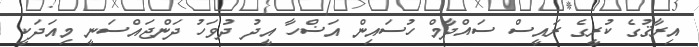
އިރާޤުގެ ކުރީގެ ރައީސް ސައްދާމް ހުސައިން އަޟްހާ އީދު ދުވަހު ދަންޖައްސަނީ މިއަދަކީ